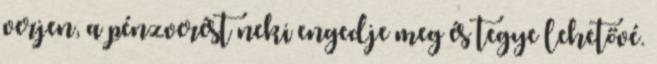
verjen, a pénzverést neki engedje meg és tegye lehetővé.